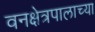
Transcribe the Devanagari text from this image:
वनक्षेत्रपालाच्या